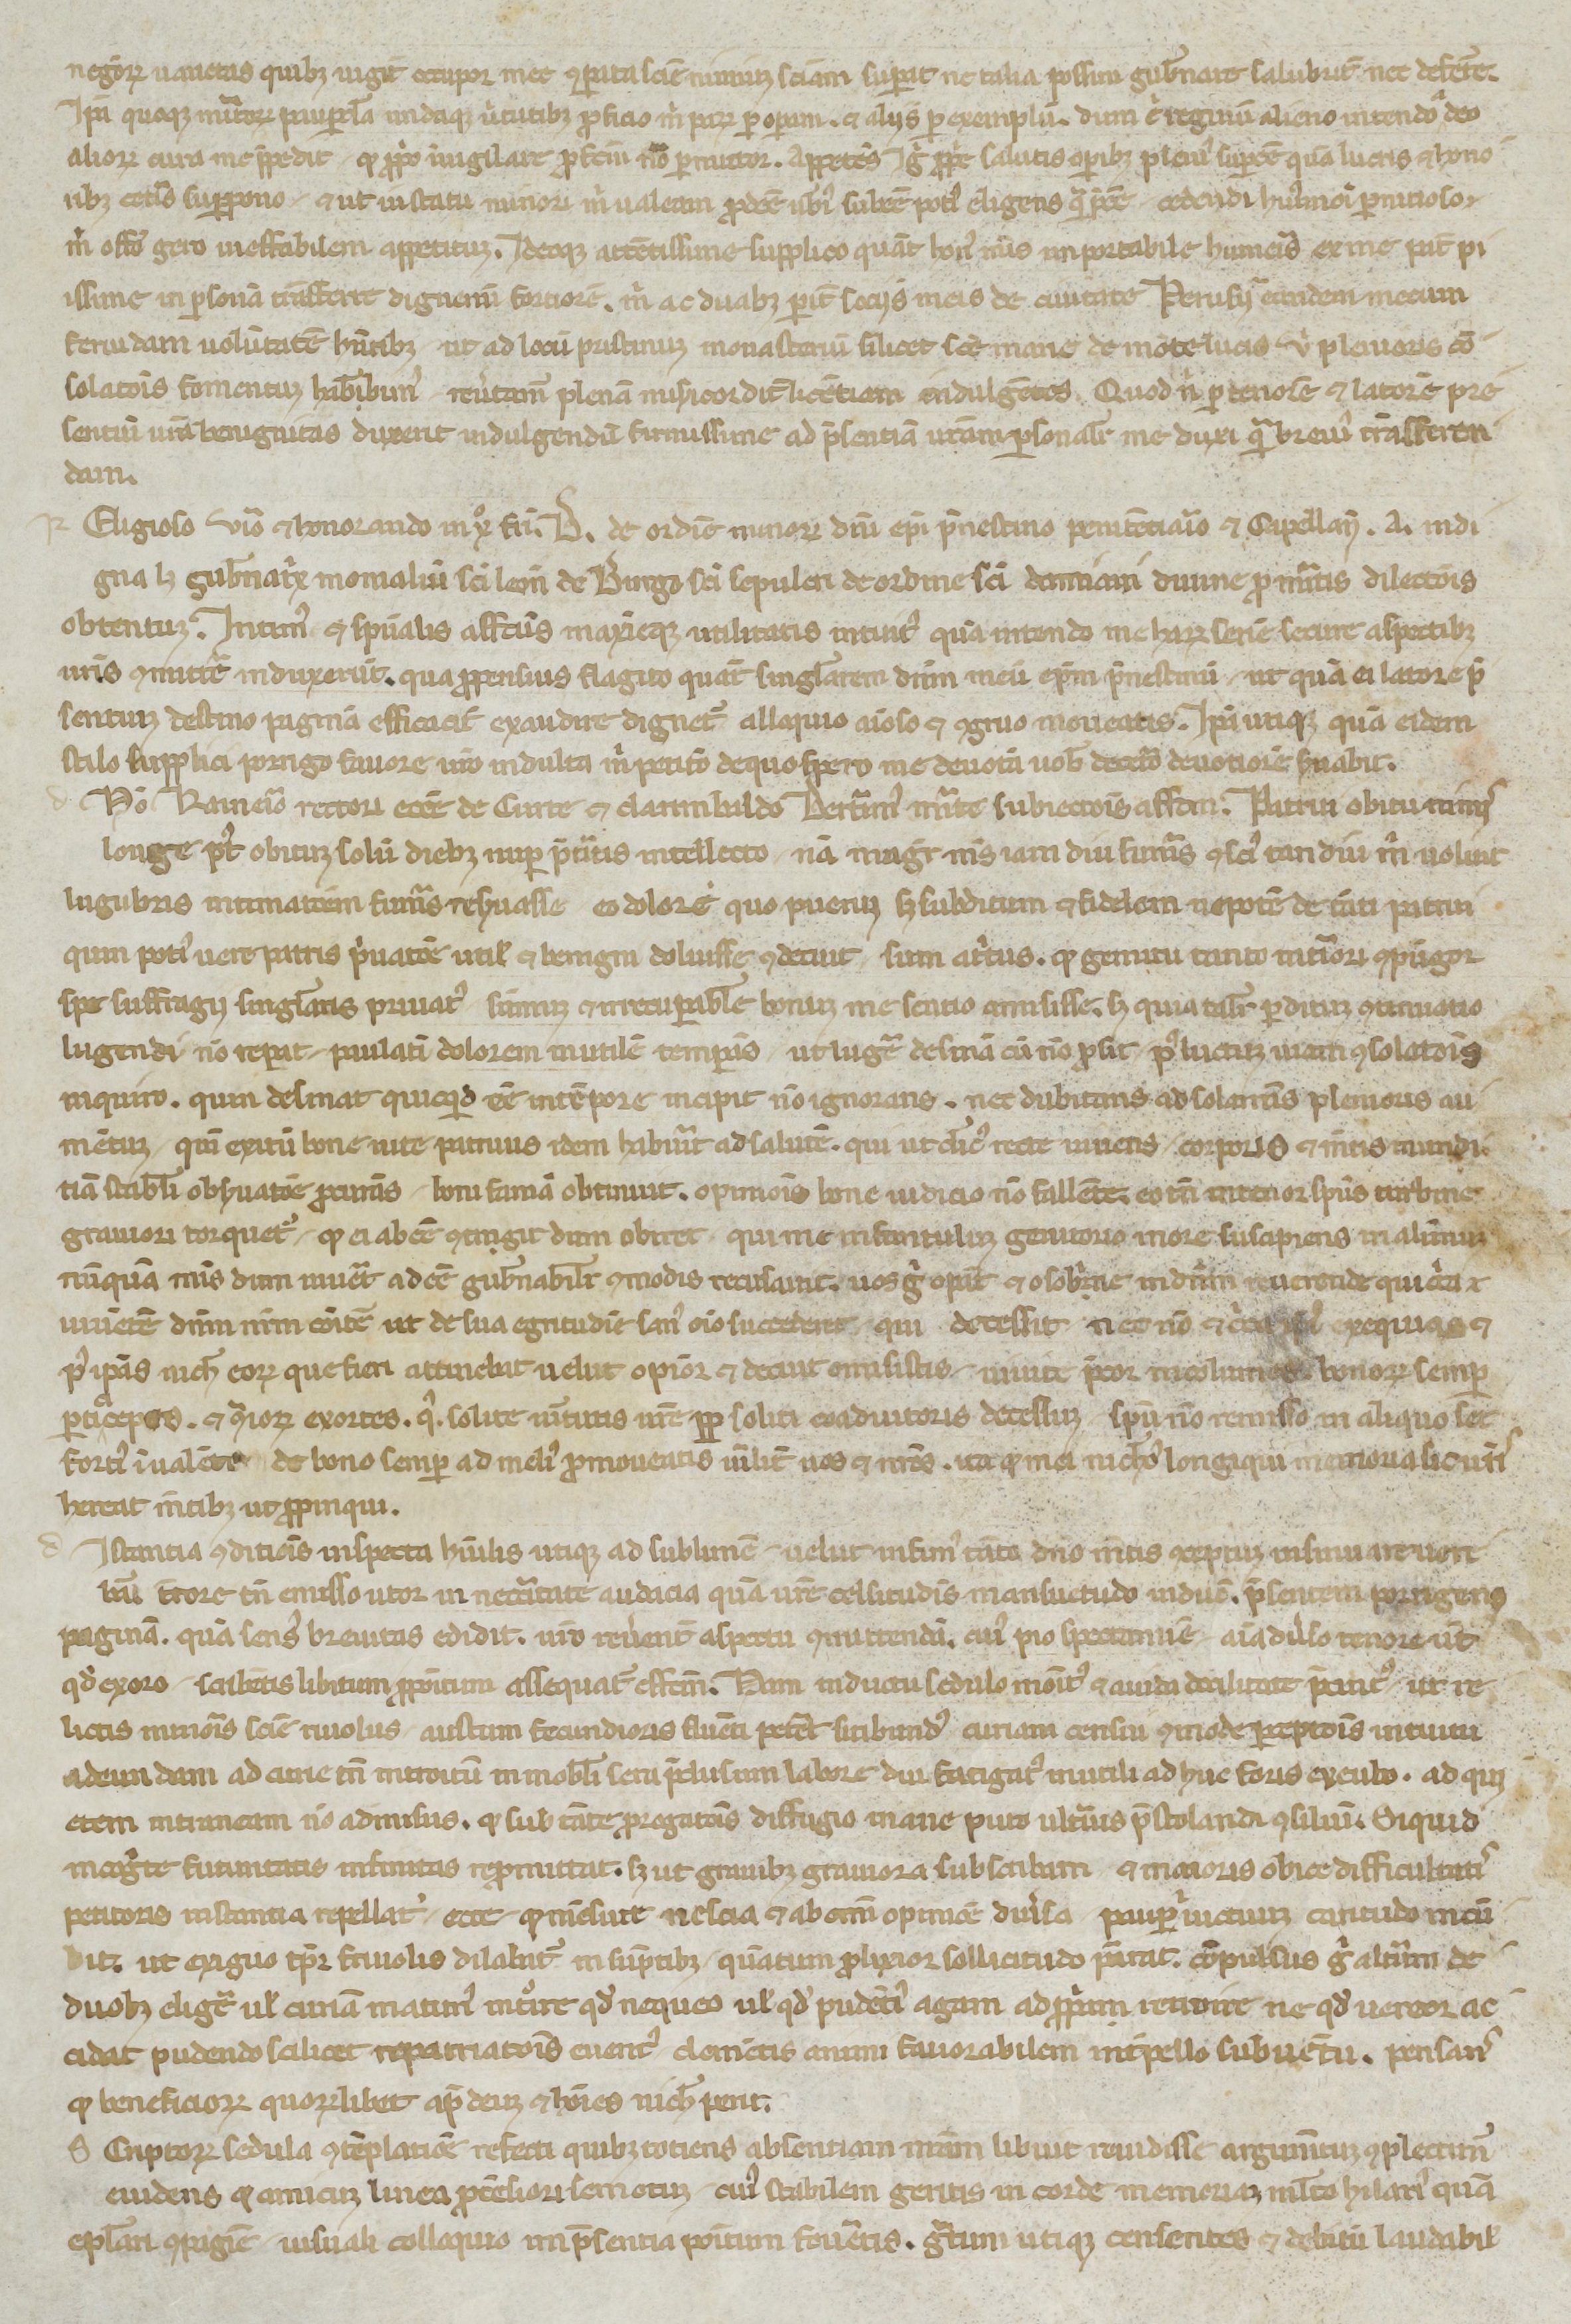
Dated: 1250–1299